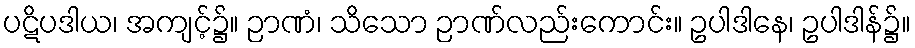
ပဋိပဒါယ၊ အကျင့်၌။ ဉာဏံ၊ သိသော ဉာဏ်လည်းကောင်း။ ဥပါဒါနေ၊ ဥပါဒါန်၌။